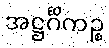
အဋ္ဌင်္ဂိကဉ္စ